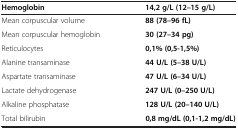
<table><thead><tr><td><b>Hemoglobin</b></td><td><b>14,2 g/L (12–15 g/L)</b></td></tr></thead><tbody><tr><td>Mean corpuscular volume</td><td><b>88 (78–96 fL)</b></td></tr><tr><td>Mean corpuscular hemoglobin</td><td><b>30 (27–34 pg)</b></td></tr><tr><td>Reticulocytes</td><td><b>0,1% (0,5-1,5%)</b></td></tr><tr><td>Alanine transaminase</td><td><b>44 U/L (5–38 U/L)</b></td></tr><tr><td>Aspartate transaminase</td><td><b>47 U/L (6–34 U/L)</b></td></tr><tr><td>Lactate dehydrogenase</td><td><b>247 U/L (0–250 U/L)</b></td></tr><tr><td>Alkaline phosphatase</td><td><b>128 U/L (20–140 U/L)</b></td></tr><tr><td>Total bilirubin</td><td><b>0,8 mg/dL (0,1-1,2 mg/dL)</b></td></tr></tbody></table>